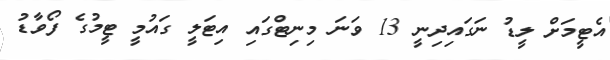
އެޓީމަށް ލީޑު ނަގައިދިނީ 13 ވަނަ މިނިޓްގައި އިޓަލީ ގައުމީ ޓީމުގެ ފޯވާޑު